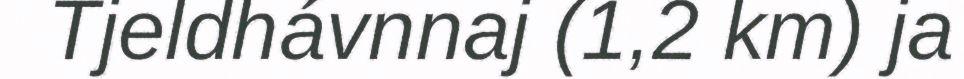
Tjeldhávnnaj (1,2 km) ja